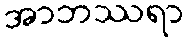
အာဘဿရာ